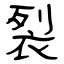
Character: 裂